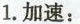
1.加速：